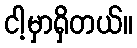
ငါ့မှာရှိတယ်။